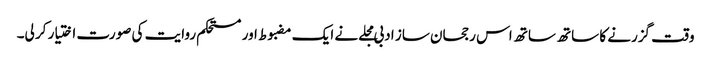
وقت گزرنے کا ساتھ ساتھ اس رجحان ساز ادبی مجلے نے ایک مضبوط اور مستحکم روایت کی صورت اختیار کر لی۔